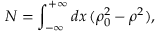
N = \int _ { - \infty } ^ { + \infty } d x \, ( \rho _ { 0 } ^ { 2 } - \rho ^ { 2 } ) ,